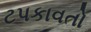
ટપકાવતો